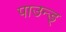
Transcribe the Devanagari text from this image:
पाउन्ड्